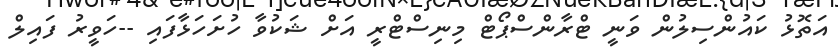
އަތޮޅު ކައުންސިލުން ވަނީ ޓްރާންސްޕޯޓް މިނިސްޓްރީ އަށް ޝަކުވާ ހުށަހަޅާފައި --ހަވީރު ފައިލް